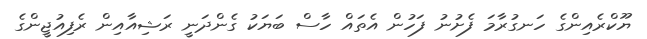
ޔޫކްރެއިންގެ ހަނގުރާމަ ފެށުނު ފަހުން އެތައް ހާސް ބަޔަކު ގެންދަނީ ރަޝިއާއިން ރެފިއުޖީންގެ